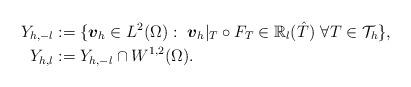
LaTeX: \begin{align*} Y_{h,-l} & := \lbrace \boldsymbol{v}_h \in L^2(\Omega):~\boldsymbol{v}_h|_T \circ F_T \in {\mathbb R}_l(\hat T)~ \forall T \in {\mathcal T}_h \rbrace, \\ Y_{h,l} & := Y_{h,-l} \cap W^{1,2}(\Omega).\end{align*}